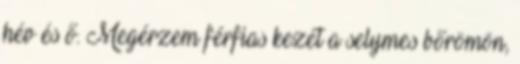
hév és ő. Megérzem férfias kezét a selymes bőrömön,